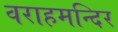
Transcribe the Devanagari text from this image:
वराहमन्दिर